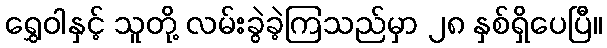
ရွှေဝါနှင့် သူတို့ လမ်းခွဲခဲ့ကြသည်မှာ ၂၈ နှစ်ရှိပေပြီ။